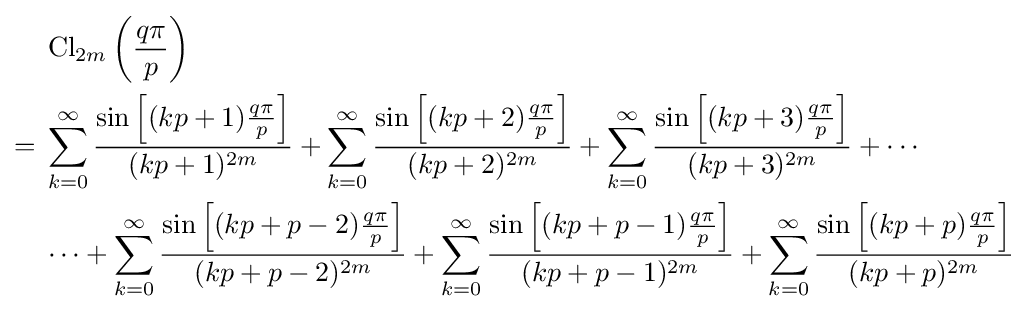
{\begin{aligned}&\operatorname {Cl} _{2m}\left({\frac {q\pi }{p}}\right)\\={}&\sum _{k=0}^{\infty }{\frac {\sin \left[(kp+1){\frac {q\pi }{p}}\right]}{(kp+1)^{2m}}}+\sum _{k=0}^{\infty }{\frac {\sin \left[(kp+2){\frac {q\pi }{p}}\right]}{(kp+2)^{2m}}}+\sum _{k=0}^{\infty }{\frac {\sin \left[(kp+3){\frac {q\pi }{p}}\right]}{(kp+3)^{2m}}}+\cdots \\&\cdots +\sum _{k=0}^{\infty }{\frac {\sin \left[(kp+p-2){\frac {q\pi }{p}}\right]}{(kp+p-2)^{2m}}}+\sum _{k=0}^{\infty }{\frac {\sin \left[(kp+p-1){\frac {q\pi }{p}}\right]}{(kp+p-1)^{2m}}}+\sum _{k=0}^{\infty }{\frac {\sin \left[(kp+p){\frac {q\pi }{p}}\right]}{(kp+p)^{2m}}}\end{aligned}}